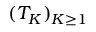
( T _ { K } ) _ { K \geq 1 }